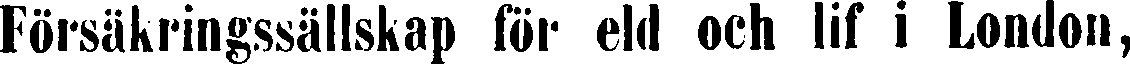
Försäkringssällskap för eld och lif i London,